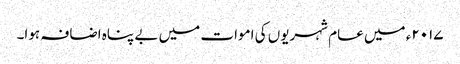
۲۰۱۷ء میں عام شہریوں کی اموات میں بے پناہ اضافہ ہوا۔